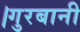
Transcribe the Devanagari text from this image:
।गुरबानी